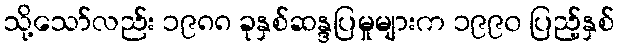
သို့သော်လည်း ၁၉၈၈ ခုနှစ်ဆန္ဒပြမှုများက ၁၉၉၀ ပြည့်နှစ်